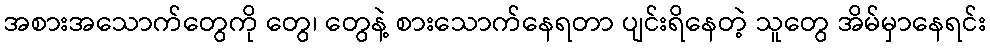
အစားအသောက်တွေကို တွေ၊ တွေနဲ့ စားသောက်နေရတာ ပျင်းရိနေတဲ့ သူတွေ အိမ်မှာနေရင်း